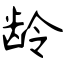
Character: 龄